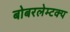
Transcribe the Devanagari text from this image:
बोबरलेम्टक्प